Problem: 5 × 9 = ?
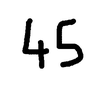
Handwritten answer: 45